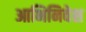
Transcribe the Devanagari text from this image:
आभिनिवेश